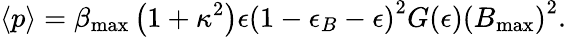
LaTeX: {\langle p\rangle}=\beta_{\mathrm{max}}\left(1+\kappa^{2}\right)\epsilon\left({1-\epsilon_{B}-\epsilon}\right)^{2}G(\epsilon)\left(B_{\mathrm{max}}\right)^{2}.